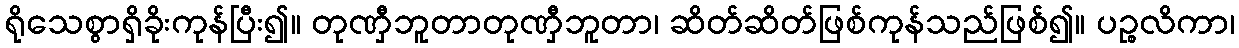
ရိုသေစွာရှိခိုးကုန်ပြီး၍။ တုဏှီဘူတာတုဏှီဘူတာ၊ ဆိတ်ဆိတ်ဖြစ်ကုန်သည်ဖြစ်၍။ ပဉ္စလိကာ၊